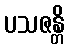
ပသဇန္တိ